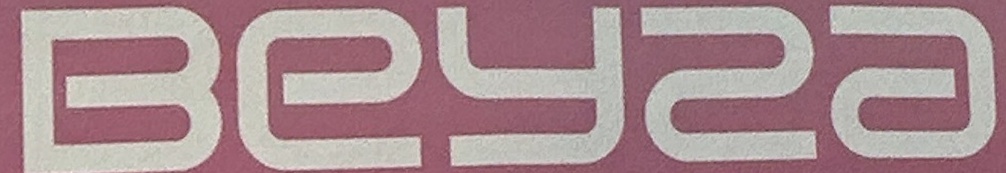
BEYZA